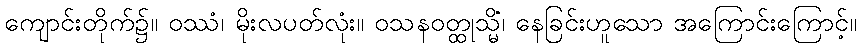
ကျောင်းတိုက်၌။ ဝဿံ၊ မိုးလပတ်လုံး။ ဝသနဝတ္ထုသ္မိံ၊ နေခြင်းဟူသော အကြောင်းကြောင့်။